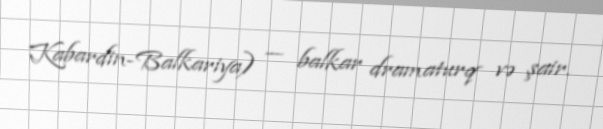
Kabardin-Balkariya) — balkar dramaturq və şair.